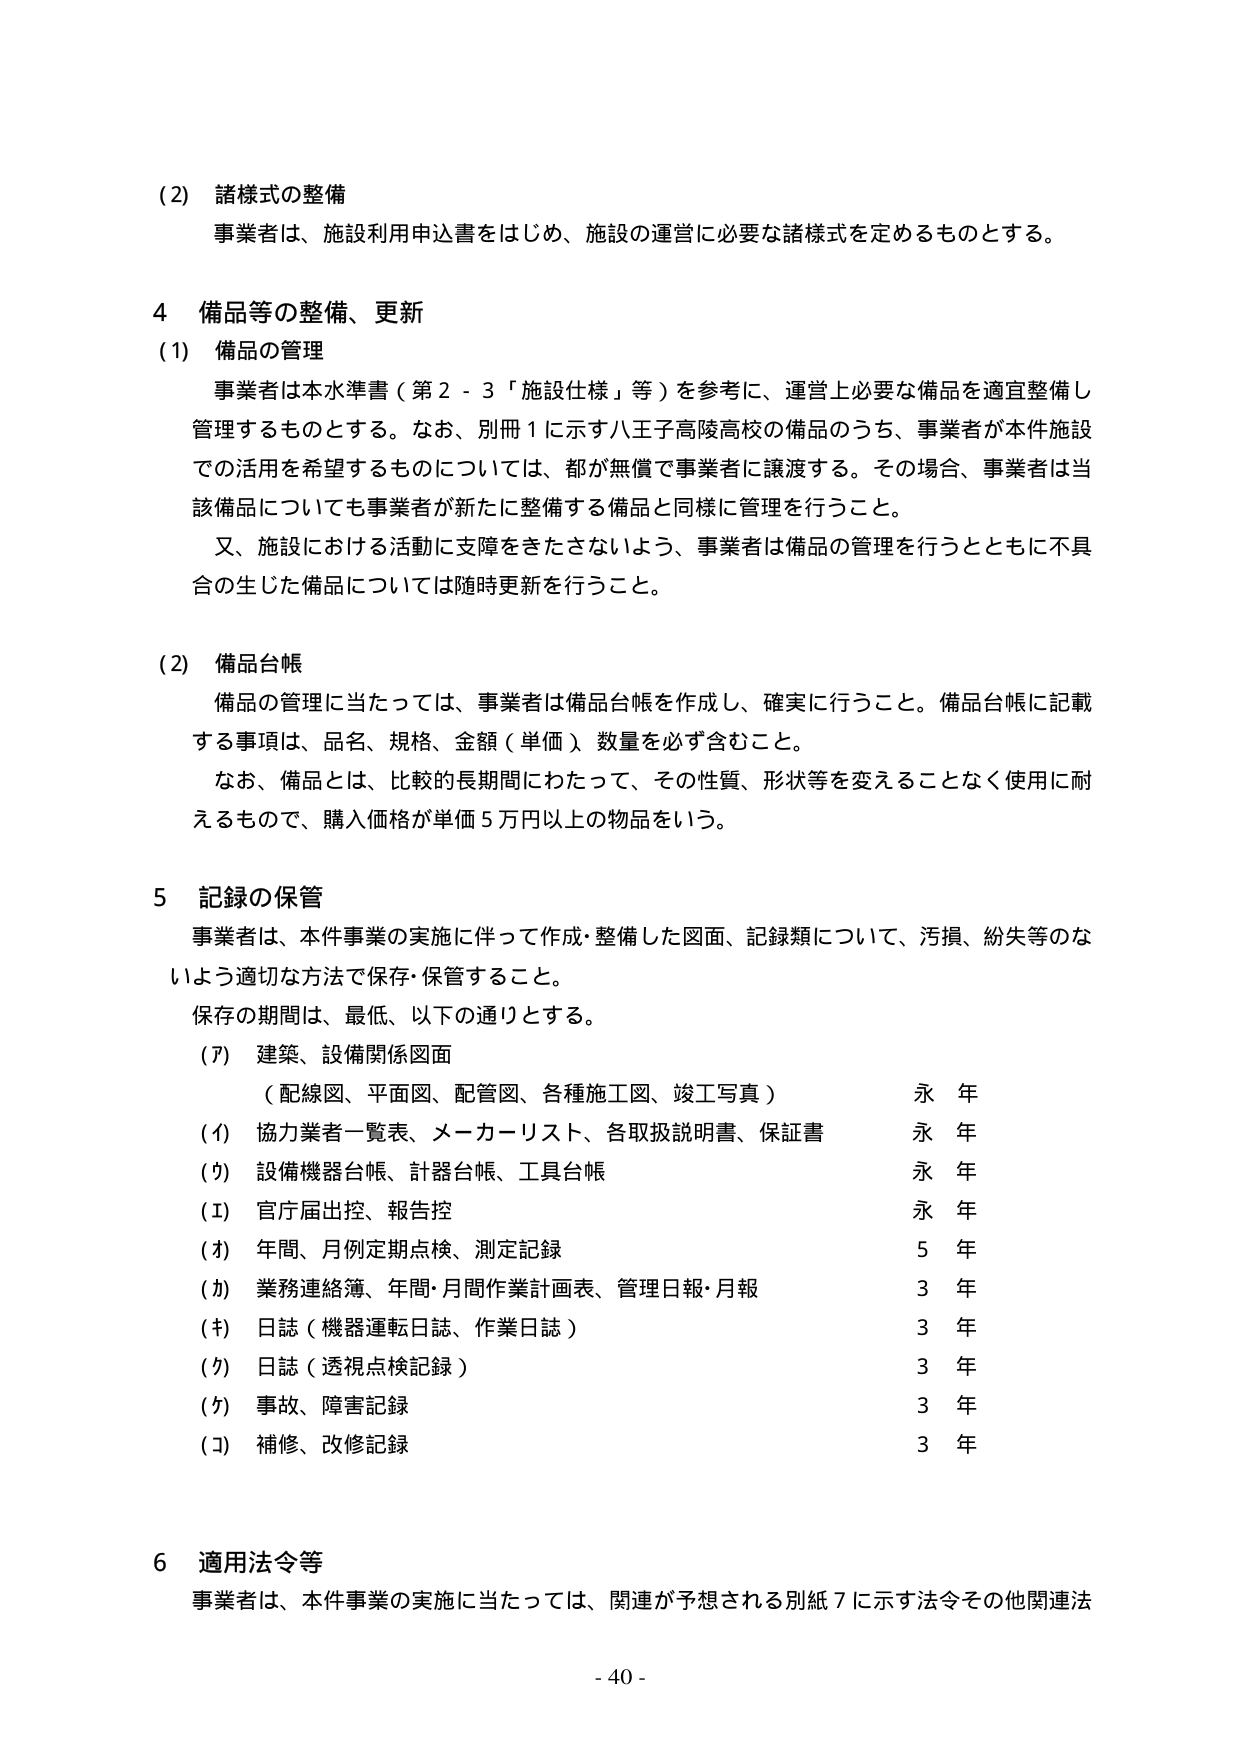
(2) 諸様式の整備
事業者は、施設利用申込書をはじめ、施設の運営に必要な諸様式を定めるものとする。

4 備品等の整備、更新
(1) 備品の管理
事業者は本水準書（第2－3「施設仕様」等）を参考に、運営上必要な備品を適宜整備し管理するものとする。なお、別冊1に示す八王子高陵高校の備品のうち、事業者が本件施設での活用を希望するものについては、都が無償で事業者に譲渡する。その場合、事業者は当該備品についても事業者が新たに整備する備品と同様に管理を行うこと。
又、施設における活動に支障をきたさないよう、事業者は備品の管理を行うとともに不具合の生じた備品については随時更新を行うこと。

(2) 備品台帳
備品の管理に当たっては、事業者は備品台帳を作成し、確実に行うこと。備品台帳に記載する事項は、品名、規格、金額（単価）、数量を必ず含むこと。
なお、備品とは、比較的長期間にわたって、その性質、形状等を変えることなく使用に耐えるもので、購入価格が単価5万円以上の物品をいう。

5 記録の保管
事業者は、本件事業の実施に伴って作成・整備した図面、記録類について、汚損、紛失等のないよう適切な方法で保存・保管すること。
保存の期間は、最低、以下の通りとする。
(ア) 建築、設備関係図面
　（配線図、平面図、配管図、各種施工図、竣工写真）　　　　　　　永　年
(イ) 協力業者一覧表、メーカーリスト、各取扱説明書、保証書　　　　永　年
(ウ) 設備機器台帳、計器台帳、工具台帳　　　　　　　　　　　　　永　年
(エ) 官庁届出控、報告控　　　　　　　　　　　　　　　　　　　　永　年
(オ) 年間、月例定期点検、測定記録　　　　　　　　　　　　　　　5　年
(カ) 業務連絡簿、年間・月間作業計画表、管理日報・月報　　　　　3　年
(キ) 日誌（機器運転日誌、作業日誌）　　　　　　　　　　　　　3　年
(ク) 日誌（透視点検記録）　　　　　　　　　　　　　　　　　　　3　年
(ケ) 事故、障害記録　　　　　　　　　　　　　　　　　　　　　　3　年
(コ) 補修、改修記録　　　　　　　　　　　　　　　　　　　　　　3　年

6 適用法令等
事業者は、本件事業の実施に当たっては、関連が予想される別紙7に示す法令その他関連法

- 40 -